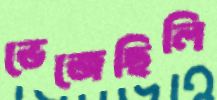
ভেজেছিলি